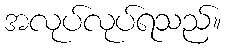
အလုပ်လုပ်ရသည်။